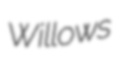
Willows